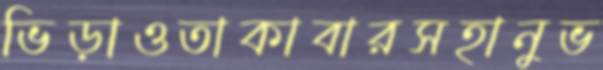
ভিড়াওতাকাবারসহানুভ